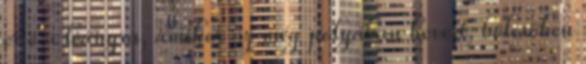
erre a leányra, amikor az még pólyában hevert, bölcsőben